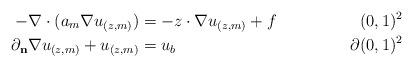
LaTeX: \begin{align*}-\nabla \cdot (a_m \nabla u_{(z,m)})&=-z\cdot \nabla u_{(z,m)} +f&(0,1)^2\\\partial_{\mathbf{n}}\nabla u_{(z,m)}+u_{(z,m)}&=u_b&\partial(0,1)^2\\\end{align*}